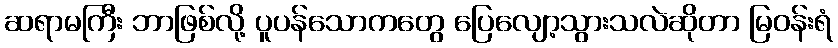
ဆရာမကြီး ဘာဖြစ်လို့ ပူပန်သောကတွေ ပြေလျော့သွားသလဲဆိုတာ မြဝန်းရံ